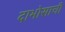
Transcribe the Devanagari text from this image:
दाभोसाची